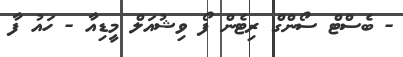
- ބެސްޓް ސޯންގް ރިޓެން ފޯ ވިޝުއަލް މީޑިއާ - ހައު ފާ